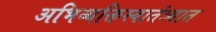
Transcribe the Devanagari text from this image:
अभिव्यक्तिस्वातंत्र्यात